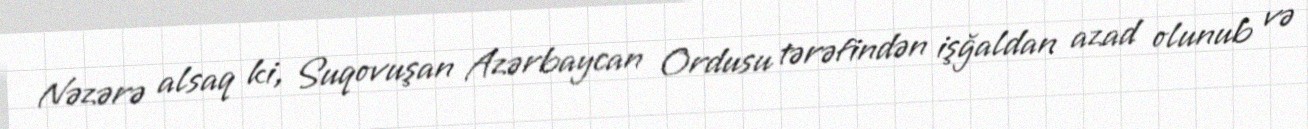
Nəzərə alsaq ki, Suqovuşan Azərbaycan Ordusu tərəfindən işğaldan azad olunub və